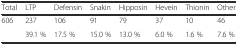
<table><thead><tr><td><b>Total</b></td><td><b>LTP</b></td><td><b>Defensin</b></td><td><b>Snakin</b></td><td><b>Hipposin</b></td><td><b>Hevein</b></td><td><b>Thionin</b></td><td><b>Other</b></td></tr></thead><tbody><tr><td>606</td><td>237</td><td>106</td><td>91</td><td>79</td><td>37</td><td>10</td><td>46</td></tr><tr><td></td><td>39.1 %</td><td>17.5 %</td><td>15.0 %</td><td>13.0 %</td><td>6.0 %</td><td>1.6 %</td><td>7.6 %</td></tr></tbody></table>